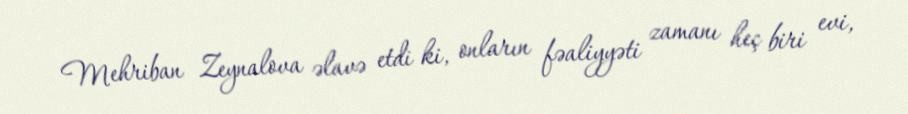
Mehriban Zeynalova əlavə etdi ki, onların fəaliyyəti zamanı heç biri evi,